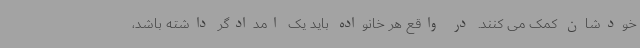
خودشان کمک می کنند. در واقع هر خانواده باید یک امدادگر داشته باشد،